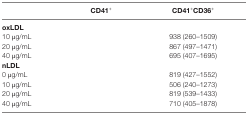
<table><thead><tr><td>[EMPTY_CELL]</td><td><b>CD41<sup>+</sup></b></td><td><b>CD41<sup>+</sup>CD36<sup>+</sup></b></td></tr></thead><tbody><tr><td colspan="3"><b>oxLDL</b></td></tr><tr><td>10 μg/mL</td><td>[EMPTY_CELL]</td><td>938 (260–1509)</td></tr><tr><td>20 μg/mL</td><td>[EMPTY_CELL]</td><td>867 (497–1471)</td></tr><tr><td>40 μg/mL</td><td>[EMPTY_CELL]</td><td>695 (407–1695)</td></tr><tr><td colspan="3"><b>nLDL</b></td></tr><tr><td>0 μg/mL</td><td>[EMPTY_CELL]</td><td>819 (427–1552)</td></tr><tr><td>10 μg/mL</td><td>[EMPTY_CELL]</td><td>506 (240–1273)</td></tr><tr><td>20 μg/mL</td><td>[EMPTY_CELL]</td><td>819 (539–1433)</td></tr><tr><td>40 μg/mL</td><td>[EMPTY_CELL]</td><td>710 (405–1878)</td></tr></tbody></table>